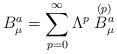
LaTeX: \begin{align*}B_\mu^a =\sum_{p=0}^\infty \Lambda^p \stackrel{(p)}{B_\mu ^a}\end{align*}